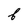
Character: f